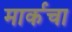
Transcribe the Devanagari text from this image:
मार्कचा